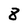
Character: 8